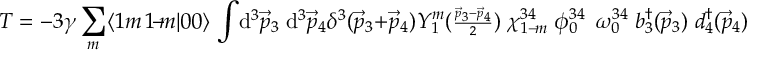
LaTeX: T = - 3 \gamma \sum _ { m } \: \langle 1 m \, 1 \! - \! \! m | 0 0 \rangle \, \int \! \mathrm { d } ^ { 3 } \vec { p } _ { 3 } \; \mathrm { d } ^ { 3 } \vec { p } _ { 4 } \delta ^ { 3 } ( \vec { p } _ { 3 } + \vec { p } _ { 4 } ) \: { \cal Y } _ { 1 } ^ { m } ( { \scriptstyle \frac { \vec { p } _ { 3 } - \vec { p } _ { 4 } } { 2 } } ) \; \chi _ { 1 - \! m } ^ { 3 4 } \; \phi _ { 0 } ^ { 3 4 } \; \, \omega _ { 0 } ^ { 3 4 } \; b _ { 3 } ^ { \dagger } ( \vec { p } _ { 3 } ) \; d _ { 4 } ^ { \dagger } ( \vec { p } _ { 4 } )